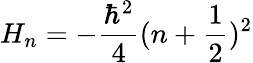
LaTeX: H_{n}=-\frac{\hbar^{2}}{4}(n+\frac{1}{2})^{2}